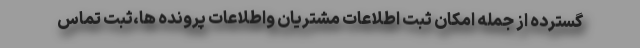
گسترده از جمله امکان ثبت اطلاعات مشتریان واطلاعات پرونده ها،ثبت تماس